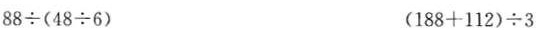
$$8 8 \div (4 8 \div 6$$) ($$1 8 8+1 1 2) \div 3$$